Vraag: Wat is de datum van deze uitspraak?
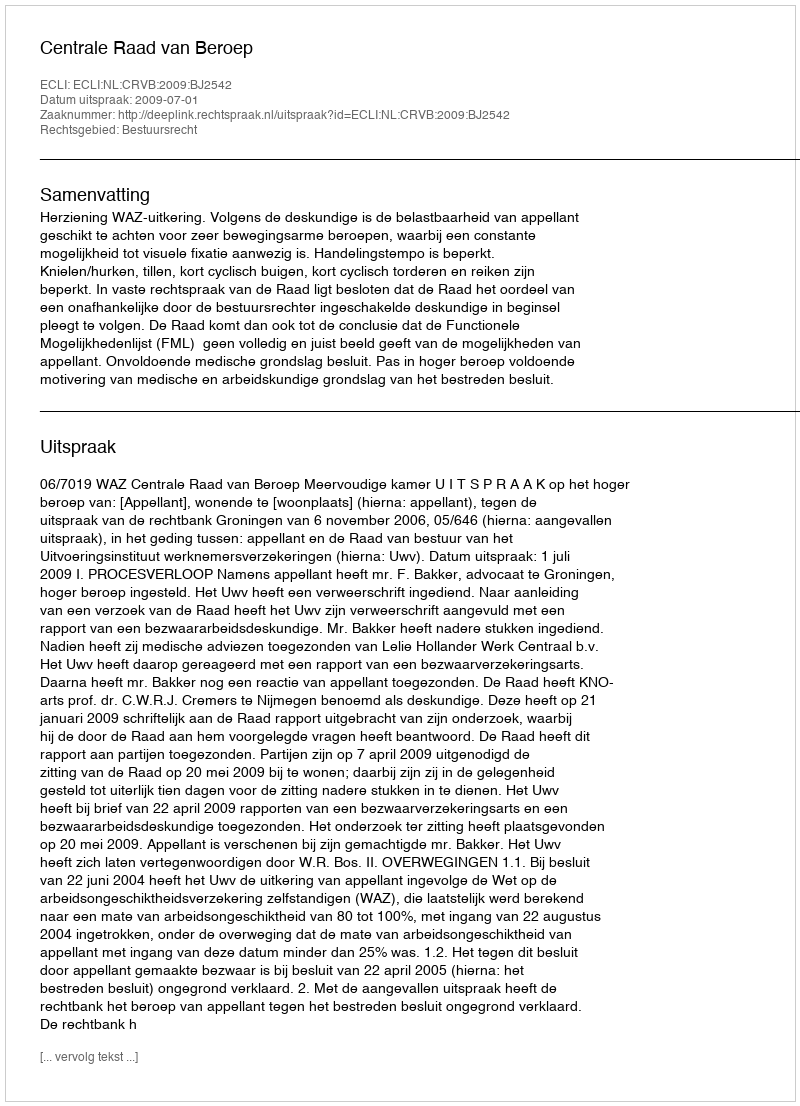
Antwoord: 2009-07-01